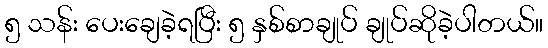
၅ သန်း ပေးချေခဲ့ရပြီး ၅ နှစ်စာချုပ် ချုပ်ဆိုခဲ့ပါတယ်။